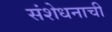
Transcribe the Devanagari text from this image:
संशेधनाची